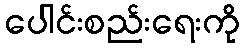
ပေါင်းစည်းရေးကို